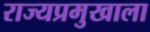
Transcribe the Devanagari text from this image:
राज्यप्रमुखाला